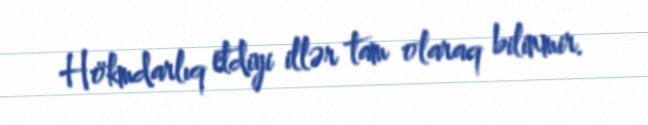
Hökmdarlıq etdiyi illər tam olaraq bilinmir.